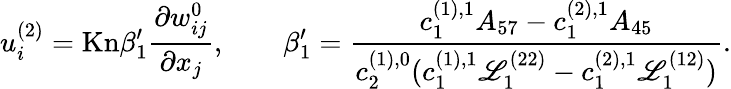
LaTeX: u_{i}^{(2)}=\mathrm{Kn}\beta_{1}^{\prime}\frac{\partial w_{ij}^{0}}{\partial x_{j}},\qquad\beta_{1}^{\prime}=\frac{c_{1}^{(1),1}A_{57}-c_{1}^{(2),1}A_{45}}{c_{2}^{(1),0}(c_{1}^{(1),1}\mathscr{L}_{1}^{(22)}-c_{1}^{(2),1}\mathscr{L}_{1}^{(12)})}.